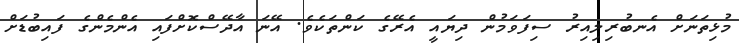
މުޅިތަނަށް އެނބުރިލިއިރު ސިފަވަމުން ދިޔައީ އެރޭގެ ކަންތަކެވެ. އޭނަ އާދޭސްކޮށްފައި އެންމެންގެ ފައިބުޑަށް